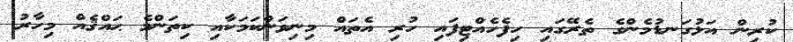
ކުރިން އަޅުގަނޑުމެންގެ ތެރޭގައި ހިފެހެއްޓިފައި ހުރި އެތައް މިނިވަންކަމަކާއި ކިތަންމެ ޙައްޤެއް މިހާރު